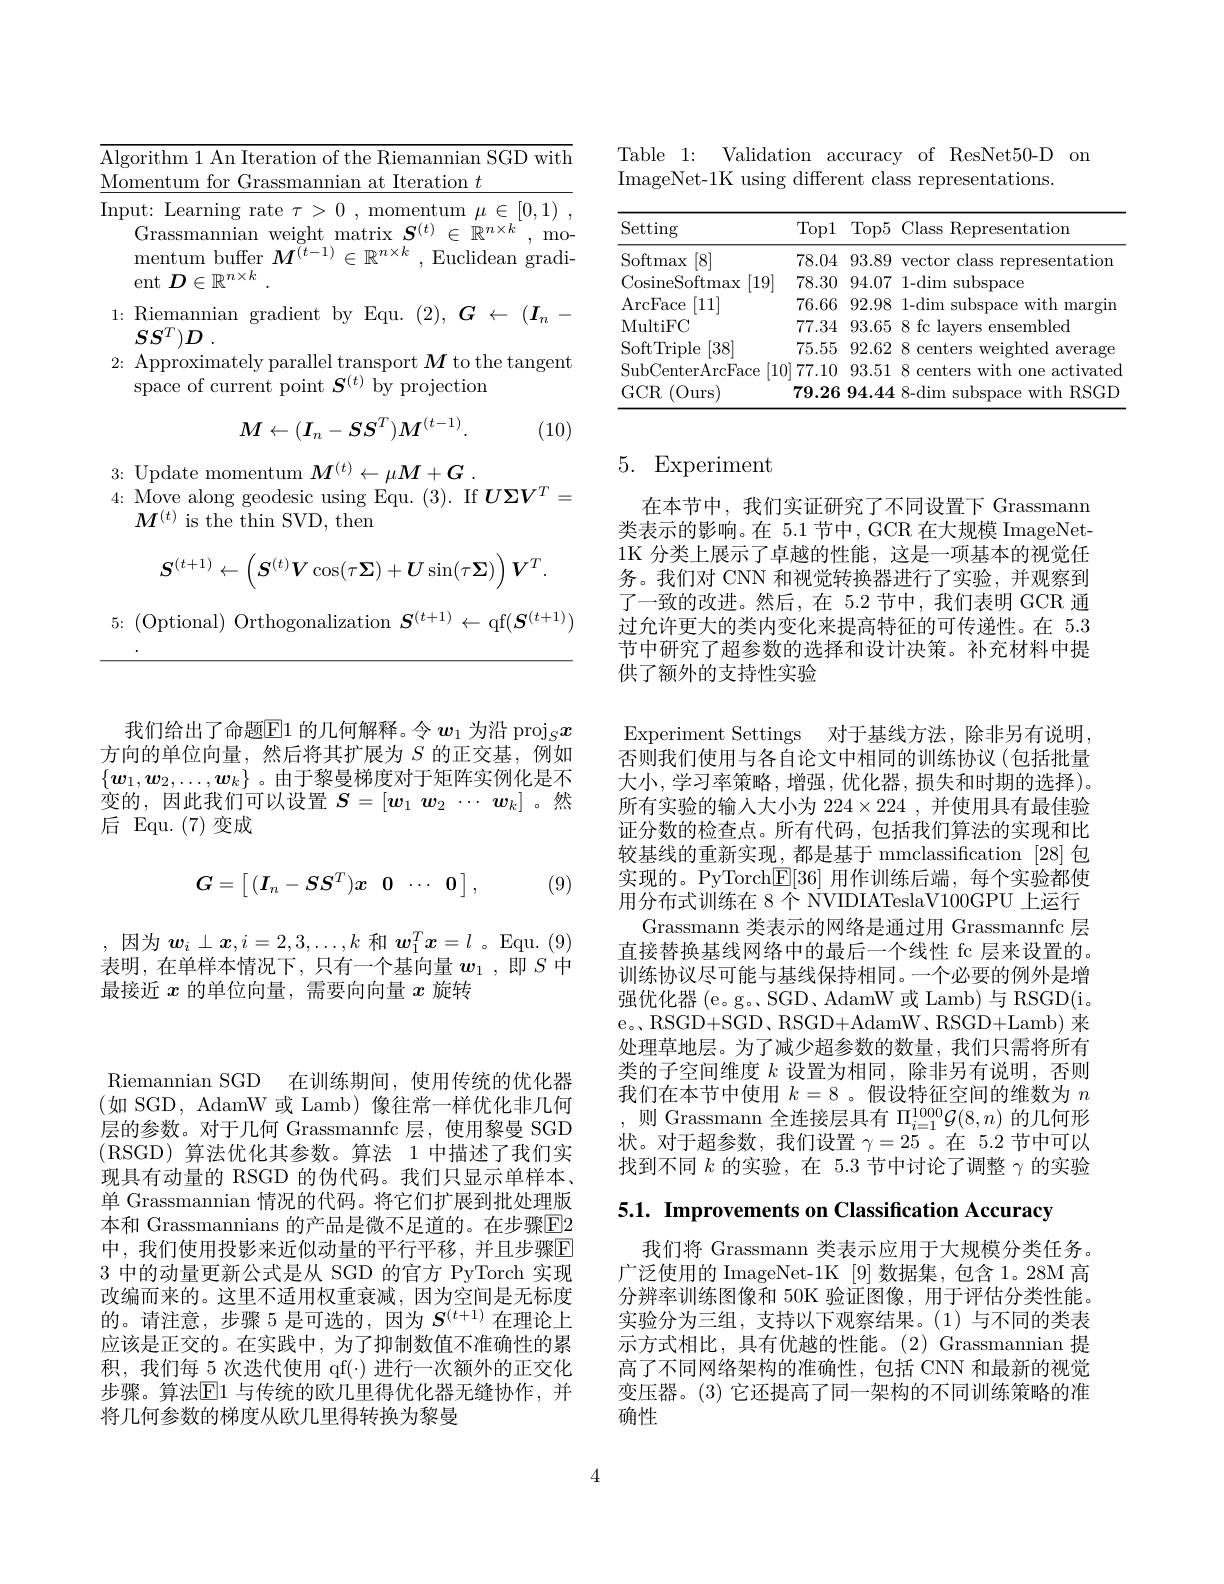
<table>
	<tbody>
		<tr>
			<td>$\overline{\mathrm{Al}_{\xi}}$ 1 1</td>
			<td>$\left|X_{x}\right|$ </td>
		</tr>
		<tr>
			<td> </td>
			<td>mentum buffer $M^(t-1)\in\mathbb{R}^{n\times k}$ ,Euclidean gradi ont $\mathcal{D} \subset \mathcal{P} ^{n\times \kappa }$</td>
		</tr>
		<tr>
			<td>1:</td>
			<td>LV Riemannian gradient by Equ. $( 2) , G$ $\leftarrow$ $( I_{n}$ . $crc^{\prime}$</td>
		</tr>
		<tr>
			<td>2:</td>
			<td>Approximatelv parallel transport $\boldsymbol M$ to the tangent</td>
		</tr>
		<tr>
			<td> </td>
			<td>$T(t)$ roiection space</td>
		</tr>
	</tbody>
</table>
$$M\leftarrow(I_n-SS^T)M^{(t-1)}.$$
(10)

3{:}Update momentum $M^(t)\leftarrow\mu M+G$
4: Move along geodesic using Equ.(3). If $U\Sigma V^T=$
$M^{(t)}$ is the thin SVD, then
$$S^{(t+1)}\leftarrow\left(S^{(t)}V\cos(\tau\Sigma)+U\sin(\tau\Sigma)\right)V^{T}.$$
5{:}(Optional) Orthogonalization $S^(t+1)\leftarrow$qf$(\boldsymbol S^(t+1))$

我们给出了命题$\overline{\mathrm{E}}1$的几何解释。令$w_1$为沿 proj$_Sx$ 方向的单位向量，然后将其扩展为$S$的正交基，例如$\{\boldsymbol{w}_1,\boldsymbol{w}_2,\ldots,\boldsymbol{w}_k\}$ 。由于黎曼梯度对于矩阵实例化是不变的，因此我们可以设置$S= [ w_1$ $w_2$ $\cdots$ $w_k]$。然后 Equ.(7)变成

(9)
$$G=\begin{bmatrix}(I_n-SS^T)x&\mathbf{0}&\cdots&\mathbf{0}\end{bmatrix},$$
,因为$\boldsymbol w_i\perp\boldsymbol{x},i=2,3,\ldots,k$和$\boldsymbol w_1^T\boldsymbol{x}=l$ 。Equ.(9) 表明，在单样本情况下，只有一个基向量$\boldsymbol{w}_1$,即$S$中最接近$x$的单位向量，需要向向量$x$旋转

Riemannian SGD 在训练期间，使用传统的优化器(如 SGD, AdamW 或 Lamb)像往常一样优化非几何层的参数。对于几何 Grassmannfc 层，使用黎曼 SGD (RSGD)算法优化其参数。算法 1 中描述了我们实现具有动量的 RSGD 的伪代码。我们只显示单样本、 单 Grassmannian 情况的代码。将它们扩展到批处理版本和 Grassmannians 的产品是微不足道的。在步骤$\boxed{\mathrm{E}}2$ 中，我们使用投影来近似动量的平行平移，并且步骤$\overline{\mathrm{F}}$ 3中的动量更新公式是从 SGD 的官方 PyTorch 实现改编而来的。这里不适用权重衰减，因为空间是无标度的。请注意，步骤 5 是可选的，因为$S^(t+1)$在理论上应该是正交的。在实践中，为了抑制数值不准确性的累积，我们每 5 次迭代使用 qf(·) 进行一次额外的正交化步骤。算法$\mathbb{E}$1 与传统的欧几里得优化器无缝协作，并将几何参数的梯度从欧几里得转换为黎曼

Table 1: Validation accuracy of ResNet50-D on
ImageNet-1K using different class representations

<table>
	<tbody>
		<tr>
			<th>Setting</th>
			<th>Top1</th>
			<th>Top5</th>
			<th>Class Representation</th>
		</tr>
		<tr>
			<td>Softmax $\left|8\right|$</td>
			<td>78.04</td>
			<td>93.89</td>
			<td>vector class representation</td>
		</tr>
		<tr>
			<td>CosineSoftmax [19]</td>
			<td>78.30</td>
			<td>94.07</td>
			<td>1-dim $a_{1}=\frac{1}{2}$ subspace</td>
		</tr>
		<tr>
			<td>ArcFace [11]</td>
			<td>76.66</td>
			<td>92.98</td>
			<td>1-dim subspace with margin</td>
		</tr>
		<tr>
			<td>MultiFC</td>
			<td>77.34</td>
			<td>93.65</td>
			<td>8 fc layers 1 1 ensembled</td>
		</tr>
		<tr>
			<td>$\operatorname{SoftTriple}$ [38]</td>
			<td>75.55</td>
			<td>92.62</td>
			<td>8 centers weighted average</td>
		</tr>
		<tr>
			<td>[10] SubCenterArcFace</td>
			<td>77.10</td>
			<td>93.51</td>
			<td>8 centers with one activated</td>
		</tr>
		<tr>
			<td>$GCR$ (Ours</td>
			<td>79.26</td>
			<td>94.44</td>
			<td>8-dim subspace with RSGD</td>
		</tr>
	</tbody>
</table>

# 5. Experiment

在本节中，我们实证研究了不同设置下 Grassmann 类表示的影响。在 5.1 节中，GCR 在大规模 ImageNet- 1K 分类上展示了卓越的性能，这是一项基本的视觉任务。我们对 CNN 和视觉转换器进行了实验，并观察到了一致的改进。然后，在 5.2 节中，我们表明 GCR 通过允许更大的类内变化来提高特征的可传递性。在 5.3节中研究了超参数的选择和设计决策。补充材料中提供了额外的支持性实验

Experiment Settings 对于基线方法，除非另有说明， 否则我们使用与各自论文中相同的训练协议(包括批量大小，学习率策略，增强，优化器，损失和时期的选择)。所有实验的输入大小为 224$\times224$ ,并使用具有最佳验证分数的检查点。所有代码，包括我们算法的实现和比较基线的重新实现，都是基于 mmclassification [28]包实现的。PyTorch$\boxed{\mathrm{F}}[36]$用作训练后端，每个实验都使用分布式训练在 8 个 NVIDIATeslaV100GPU 上运行
Grassmann 类表示的网络是通过用 Grassmannfc 层直接替换基线网络中的最后一个线性 fc 层来设置的。训练协议尽可能与基线保持相同。一个必要的例外是增强优化器(e。g。SGD、AdamW 或 Lamb) 与 RSGD(i。e。RSGD+SGD、RSGD+AdamW、RSGD+Lamb) 来处理草地层。为了减少超参数的数量，我们只需将所有类的子空间维度$k$设置为相同，除非另有说明，否则我们在本节中使用$k=8$ 。假设特征空间的维数为$n$
则 Grassmann 全连接层具有$\Pi_i=1^{1000}\mathcal{G}(8,n)$的几何形状。对于超参数，我们设置$\gamma=25$ 。在 5.2 节中可以找到不同$k$的实验，在 5.3 节中讨论了调整$\gamma$的实验

5.1. Improvements on Classification Accuracy

我们将 Grassmann 类表示应用于大规模分类任务。广泛使用的 ImageNet-1K [9]数据集，包含 1。28M 高分辨率训练图像和 50K 验证图像，用于评估分类性能。实验分为三组，支持以下观察结果。(1)与不同的类表示方式相比，具有优越的性能。(2) Grassmannian 提高了不同网络架构的准确性，包括 CNN 和最新的视觉变压器。(3) 它还提高了同一架构的不同训练策略的准确性

4